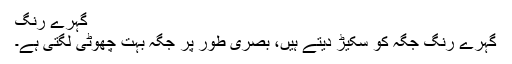
گہرے رنگ
گہرے رنگ جگہ کو سکیڑ دیتے ہیں، بصری طور پر جگہ بہت چھوٹی لگتی ہے۔